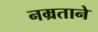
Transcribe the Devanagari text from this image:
नम्रताने